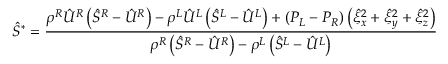
\hat { S } ^ { * } = \frac { \rho ^ { R } \hat { U } ^ { R } \left( \hat { S } ^ { R } - \hat { U } ^ { R } \right) - \rho ^ { L } \hat { U } ^ { L } \left( \hat { S } ^ { L } - \hat { U } ^ { L } \right) + \left( P _ { L } - P _ { R } \right) \left( \hat { \xi } _ { x } ^ { 2 } + \hat { \xi } _ { y } ^ { 2 } + \hat { \xi } _ { z } ^ { 2 } \right) } { \rho ^ { R } \left( \hat { S } ^ { R } - \hat { U } ^ { R } \right) - \rho ^ { L } \left( \hat { S } ^ { L } - \hat { U } ^ { L } \right) }